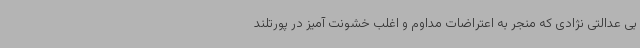
بی عدالتی نژادی که منجر به اعتراضات مداوم و اغلب خشونت آمیز در پورتلند